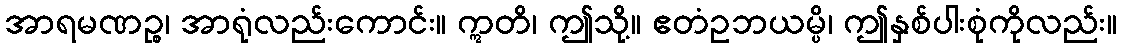
အာရမဏဉ္စ၊ အာရုံလည်းကောင်း။ ဣတိ၊ ဤသို့။ ဧတံဥဘယမ္ပိ၊ ဤနှစ်ပါးစုံကိုလည်း။